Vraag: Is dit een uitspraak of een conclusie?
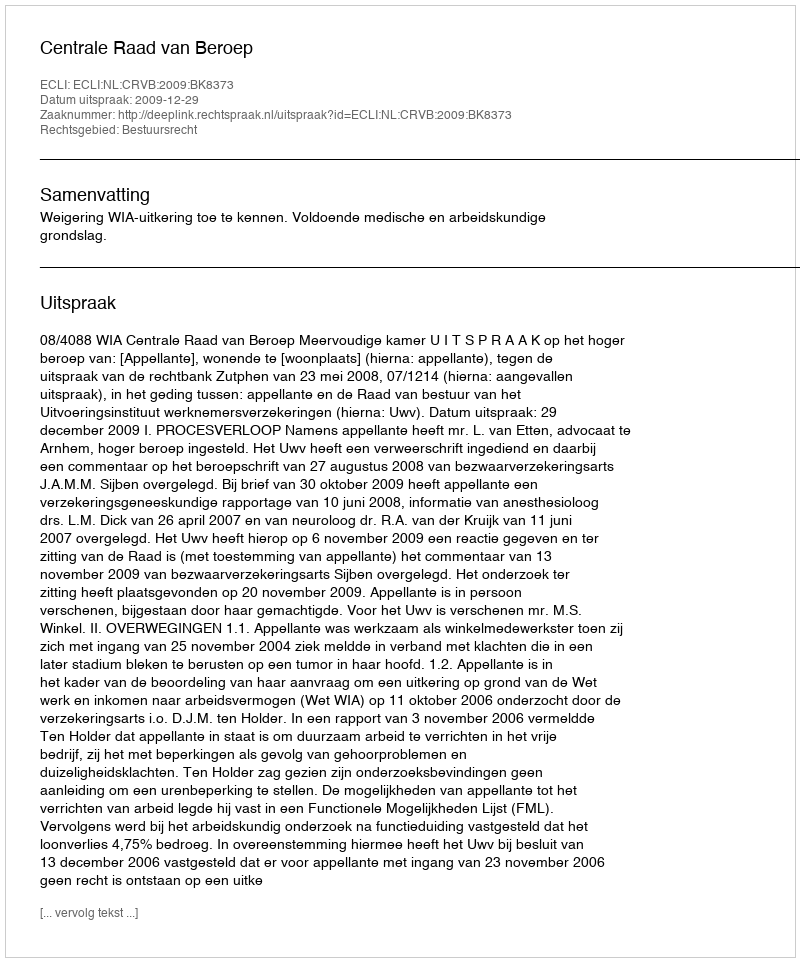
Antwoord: Uitspraak